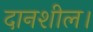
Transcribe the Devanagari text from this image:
दानशील।